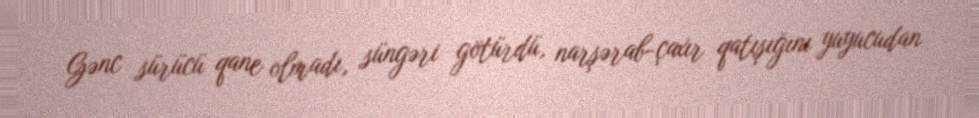
Gənc sürücü qane olmadı, süngəri götürdü, narşərab-çaxır qatışığını yuyucudan